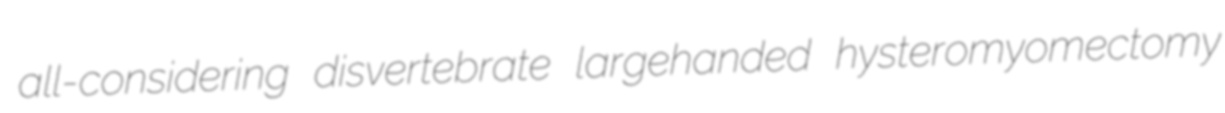
all-considering disvertebrate largehanded hysteromyomectomy